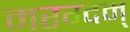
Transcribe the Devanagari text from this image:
मरग्दम्